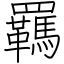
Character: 羈